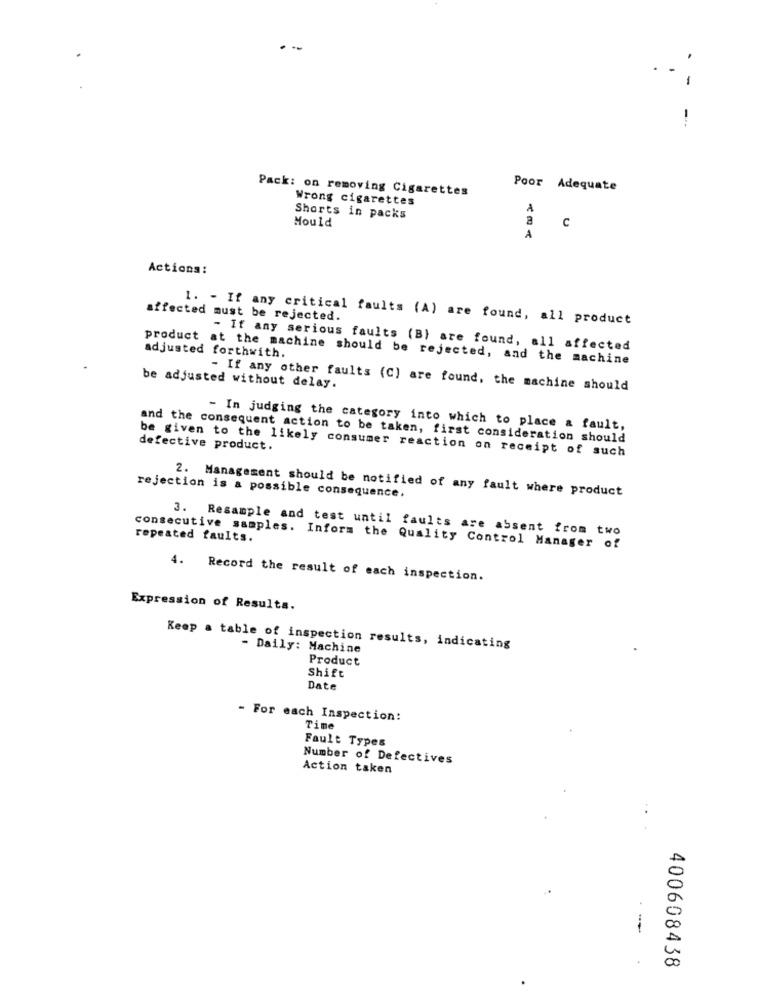
-
Pack: on removing Cigarettes
Poor Adequate
Wrong cigarettes
Mould
Shorts in packs
C
A
Actions:
affected must be rejected.
1. - If any critical faults (A) are found, all product
- If any serious faults (B) are found, all affected
product at the machine should be rejected, and the machine
adjusted forthwith.
be adjusted without delay.
- If any other faults (C) are found, the machine should
- In judging the category into which to place a fault,
and the consequent action to be taken, first consideration should
be given to the likely consumer reaction on receipt of such
defective product.
2. Management should be notified of any fault where product
rejection is a possible consequence.
3. Resample and test until faults are absent from two
repeated faults.
consecutive samples. Inform the Quality Control Manager of
4.
Record the result of each inspection.
Expression of Results.
Keep a table of inspection results, indicating
- Daily: Machine
Product
Shift
Date
- For each Inspection:
Time
Fault Types
Number of Defectives
Action taken
400608438